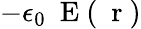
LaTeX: -\epsilon_{0}\mathrm{~\mathbf~E~}(\mathrm{~\mathbf~r~})